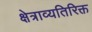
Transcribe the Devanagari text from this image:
क्षेत्राव्यतिरिक्त